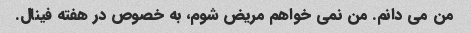
من می دانم. من نمی خواهم مریض شوم، به خصوص در هفته فینال.